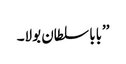
’’بابا سلطان بولا۔